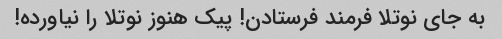
به جای نوتلا فرمند فرستادن! پیک هنوز نوتلا را نیاورده!